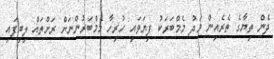
ދެން ތިޔާގެ ތެރެއިން މަދު މެމްބަރަކު ފިޔަވައި ހުރިހާ މެމްބަރުންނަށް ރަށްތައް ލިބިފައި